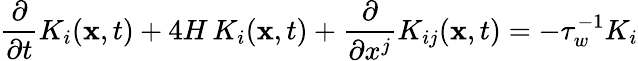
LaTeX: \frac{\partial}{\partial t}{K}_{i}({\mathbf x},t)+4H\, K_{i}({\mathbf x},t)+\frac{\partial}{\partial x^{j}}{K}_{ij}({\mathbf x},t)=-\tau_{w}^{-1}K_{i}